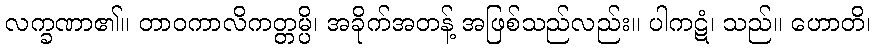
လက္ခဏာ၏။ တာဝကာလိကတ္တမ္ပိ၊ အခိုက်အတန့် အဖြစ်သည်လည်း။ ပါကဋံ၊ သည်။ ဟောတိ၊